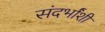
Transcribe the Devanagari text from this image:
संदर्भांंशी